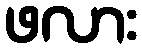
ဖလား